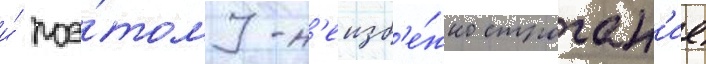
и́ поэ́тому н'еизб'е́жно строган'ие